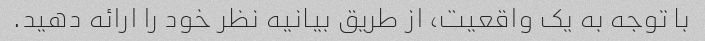
با توجه به یک واقعیت، از طریق بیانیه نظر خود را ارائه دهید.